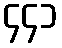
၄၄၁